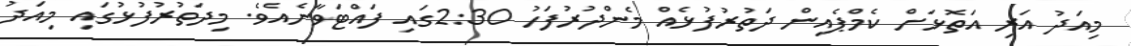
މިއަދު އަރި އަތޮޅަށް ކެމްޕެއިން ދަތުރުފުޅެއް މެންދުރުފަހު 2:30ގައި ފައްޓަވާނެއެވެ. މިދަތުރުފުޅުގައި މިއަދު